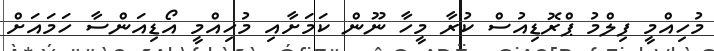
މުހިއްމީ ފިލްމު ޕްރޮޑިއުސް ކުރާ މީހާ ނޫން ކަމަށާއި މުހިއްމީ އޯޑިއަންސާ ހަމައަށް